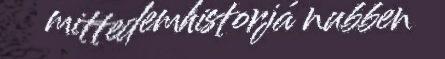
mittedemhistorjá nubben